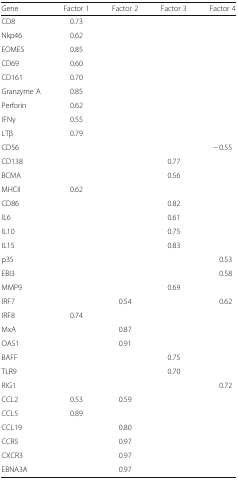
<table><thead><tr><td><b>Gene</b></td><td><b>Factor 1</b></td><td><b>Factor 2</b></td><td><b>Factor 3</b></td><td><b>Factor 4</b></td></tr></thead><tbody><tr><td>CD8</td><td>0.73</td><td></td><td></td><td></td></tr><tr><td>Nkp46</td><td>0.62</td><td></td><td></td><td></td></tr><tr><td>EOMES</td><td>0.85</td><td></td><td></td><td></td></tr><tr><td>CD69</td><td>0.60</td><td></td><td></td><td></td></tr><tr><td>CD161</td><td>0.70</td><td></td><td></td><td></td></tr><tr><td>Granzyme A</td><td>0.85</td><td></td><td></td><td></td></tr><tr><td>Perforin</td><td>0.62</td><td></td><td></td><td></td></tr><tr><td>IFNγ</td><td>0.55</td><td></td><td></td><td></td></tr><tr><td>LTβ</td><td>0.79</td><td></td><td></td><td></td></tr><tr><td>CD56</td><td></td><td></td><td></td><td>− 0.55</td></tr><tr><td>CD138</td><td></td><td></td><td>0.77</td><td></td></tr><tr><td>BCMA</td><td></td><td></td><td>0.56</td><td></td></tr><tr><td>MHCII</td><td>0.62</td><td></td><td></td><td></td></tr><tr><td>CD86</td><td></td><td></td><td>0.82</td><td></td></tr><tr><td>IL6</td><td></td><td></td><td>0.61</td><td></td></tr><tr><td>IL10</td><td></td><td></td><td>0.75</td><td></td></tr><tr><td>IL15</td><td></td><td></td><td>0.83</td><td></td></tr><tr><td>p35</td><td></td><td></td><td></td><td>0.53</td></tr><tr><td>EBI3</td><td></td><td></td><td></td><td>0.58</td></tr><tr><td>MMP9</td><td></td><td></td><td>0.69</td><td></td></tr><tr><td>IRF7</td><td></td><td>0.54</td><td></td><td>0.62</td></tr><tr><td>IRF8</td><td>0.74</td><td></td><td></td><td></td></tr><tr><td>MxA</td><td></td><td>0.87</td><td></td><td></td></tr><tr><td>OAS1</td><td></td><td>0.91</td><td></td><td></td></tr><tr><td>BAFF</td><td></td><td></td><td>0.75</td><td></td></tr><tr><td>TLR9</td><td></td><td></td><td>0.70</td><td></td></tr><tr><td>RIG1</td><td></td><td></td><td></td><td>0.72</td></tr><tr><td>CCL2</td><td>0.53</td><td>0.59</td><td></td><td></td></tr><tr><td>CCL5</td><td>0.89</td><td></td><td></td><td></td></tr><tr><td>CCL19</td><td></td><td>0.80</td><td></td><td></td></tr><tr><td>CCR5</td><td></td><td>0.97</td><td></td><td></td></tr><tr><td>CXCR3</td><td></td><td>0.97</td><td></td><td></td></tr><tr><td>EBNA3A</td><td></td><td>0.97</td><td></td><td></td></tr></tbody></table>